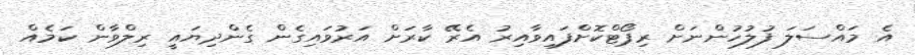
އެ މައްސަލަ ފުލުހުންނަށް ރިޕޯޓްކޮށްފައިވާއިރު އެރޭ ކާރަށް އަރުވައިގެން ގެންދިޔައީ ރިލްވާން ކަމެއް